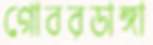
গোবরডাঙ্গা